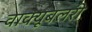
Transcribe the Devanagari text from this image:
वाक्यूबलरी